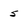
Character: 5